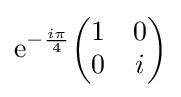
{\rm {e}}^{-{\frac {i\pi }{4}}}{\begin{pmatrix}1&0\\0&i\end{pmatrix}}